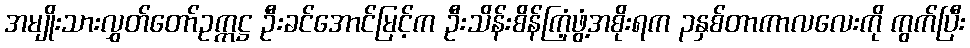
အမျိုးသားလွှတ်တော်ဥက္ကဋ္ဌ ဦးခင်အောင်မြင့်က ဦးသိန်းစိန်ကြံ့ဖွံ့အစိုးရက ၃နှစ်တာကာလလေးကို ကွက်ပြီး